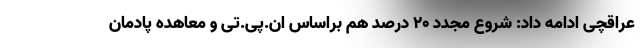
عراقچی ادامه داد: شروع مجدد ۲۰ درصد هم براساس ان.پی.تی و معاهده پادمان